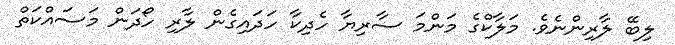
ލިބޭ ލާރިންނެވެ. މަލާކްގެ މަންމަ ސާރިޔާ ހެދިކާ ހަދައިގެން ލާރި ހޯދަން މަސައްކަތް